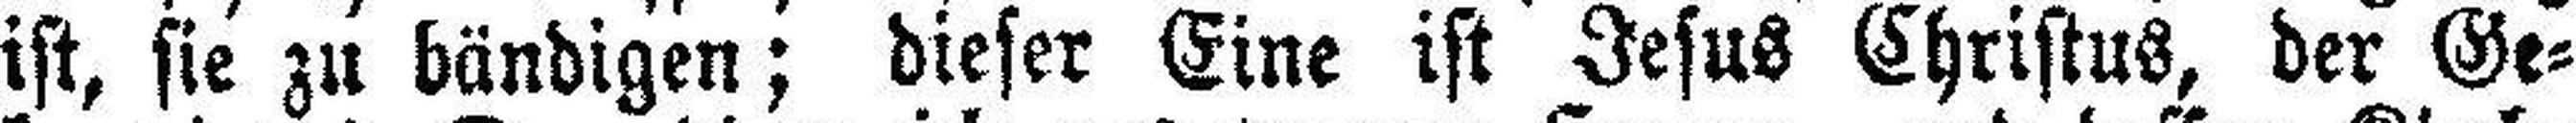
ist, sie zu bändigen; dieser Eine ist Jesus Christus, der Ge¬